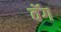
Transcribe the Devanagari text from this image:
वॅग